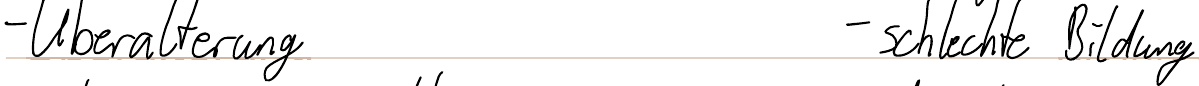
- Überalterung    - schlechte Bildung